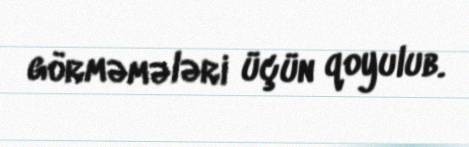
görməmələri üçün qoyulub.